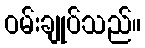
ဝမ်းချုပ်သည်။